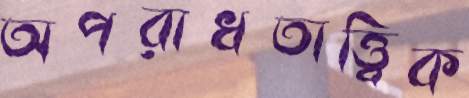
অপরাধতাত্ত্বিক